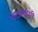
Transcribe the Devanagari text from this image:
कंदासामी